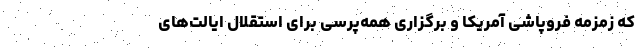
که زمزمه فروپاشی آمریکا و برگزاری همه‌پرسی برای استقلال ایالت‌های